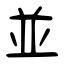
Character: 並